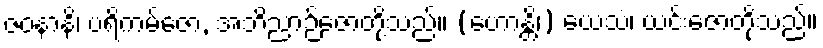
ဇဝနာနိ၊ ပရိကမ်ဇော, အဘိညာဉ်ဇောတို့သည်။ (ဟောန္တိ၊) ယေသံ၊ ယင်းဇောတို့သည်။